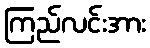
ကြည်လင်းအား